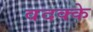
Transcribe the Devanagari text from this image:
वदक्के